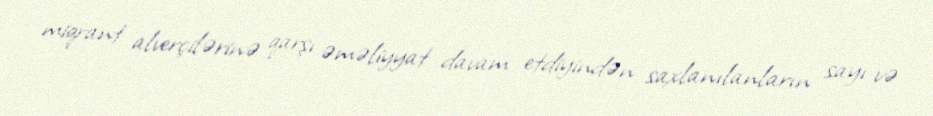
miqrant alverçilərinə qarşı əməliyyat davam etdiyindən saxlanılanların sayı və